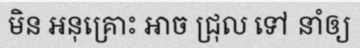
មិន អនុគ្រោះ អាច ជ្រុល ទៅ នាំឲ្យ